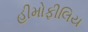
હીમોફીલિય